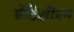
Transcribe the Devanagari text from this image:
ऐंटिसीरम